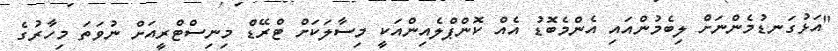
"އަޅުގަނޑުމެންނަށް ލިބެމުންއައި އެންމެބޮޑު އެއް ކޮންޕްލެއިންއަކީ މިސާލަކަށް ޓްރޭޑް މިނިސްޓްރީއަށް ނުވަތަ މިހާރުގެ